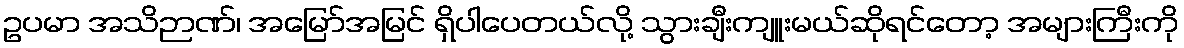
ဥပမာ အသိဉာဏ်၊ အမြော်အမြင် ရှိပါပေတယ်လို့ သွားချီးကျူးမယ်ဆိုရင်တော့ အများကြီးကို